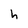
Character: h